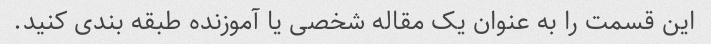
این قسمت را به عنوان یک مقاله شخصی یا آموزنده طبقه بندی کنید.